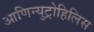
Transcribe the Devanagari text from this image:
आणिन्युट्रोहिलिस